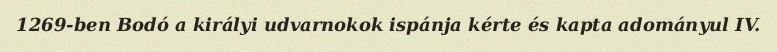
1269-ben Bodó a királyi udvarnokok ispánja kérte és kapta adományul IV.